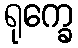
ရုက္ခေ